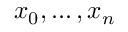
x _ { 0 } , \ldots , x _ { n }